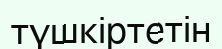
түшкіртетін